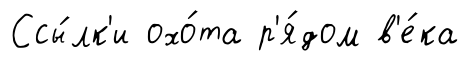
Ссы́лк'и охо́та р'я́дом в'е́ка